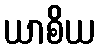
ယာစိယ